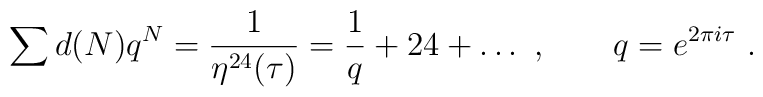
\sum d(N) q^N = \frac{1}{\eta^{24}(\tau)} =\frac{1}{q}+24 + \dots\ ,\qquad q=e^{2\pi i \tau}\ .